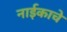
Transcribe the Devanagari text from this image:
नाईकाचे